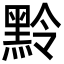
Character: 𪐸